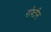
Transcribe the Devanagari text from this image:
गोष्टीन